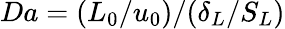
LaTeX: Da=(L_{0}/u_{0})/(\delta_{L}/S_{L})